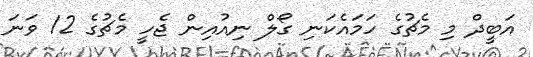
އަބީދް މި މެޗުގެ ހަމައެކަނި ގޯލް ނިއުއިން ޖެހީ މެޗުގެ 12 ވަނަ